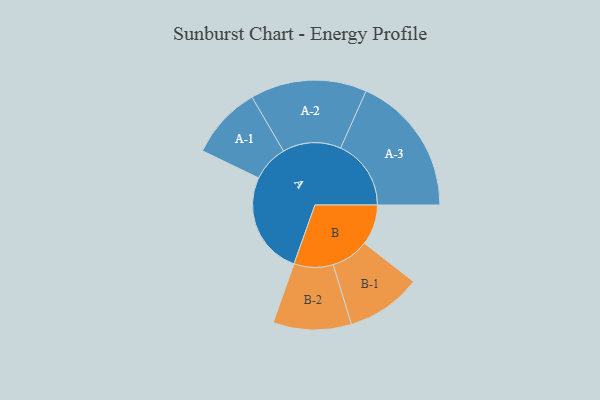
{"axis": {"x": "Segment", "y": "Value"}, "legend": ["", "A", "B"], "data": [{"x": "A", "y": 404, "type": ""}, {"x": "B", "y": 159, "type": ""}, {"x": "A-1", "y": 143, "type": "A"}, {"x": "A-2", "y": 229, "type": "A"}, {"x": "A-3", "y": 277, "type": "A"}, {"x": "B-1", "y": 148, "type": "B"}, {"x": "B-2", "y": 154, "type": "B"}]}